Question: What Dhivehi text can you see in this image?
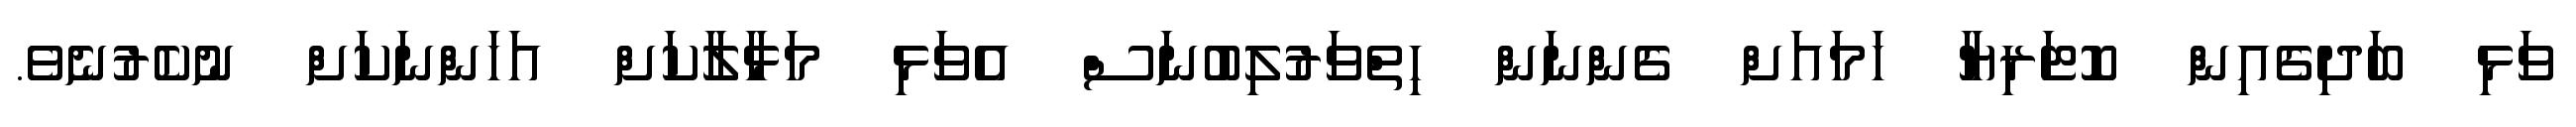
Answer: ވަޅި ބަދިގެއިން ކޮޓަރިޔާ ހަމައަށް ގެންނަން ހިތްވަރުލިބުނަސް އެވަޅި މަޅާލާކަށް އަހަންނަކަށް ނުކެރުނެވެ.